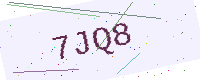
Text: 7JQ8